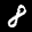
Label: 8